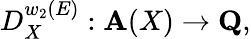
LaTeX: D_{X}^{w_{2}(E)}:{\mathbf A}(X)\rightarrow{\mathbf Q},